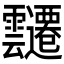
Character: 𮧀